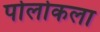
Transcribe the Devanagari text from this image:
पोलोकला